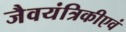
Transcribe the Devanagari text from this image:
जैवयंत्रिकीएवं